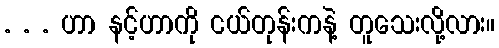
. . . ဟာ နင့်ဟာကို ငယ်တုန်းကနဲ့ တူသေးလို့လား။